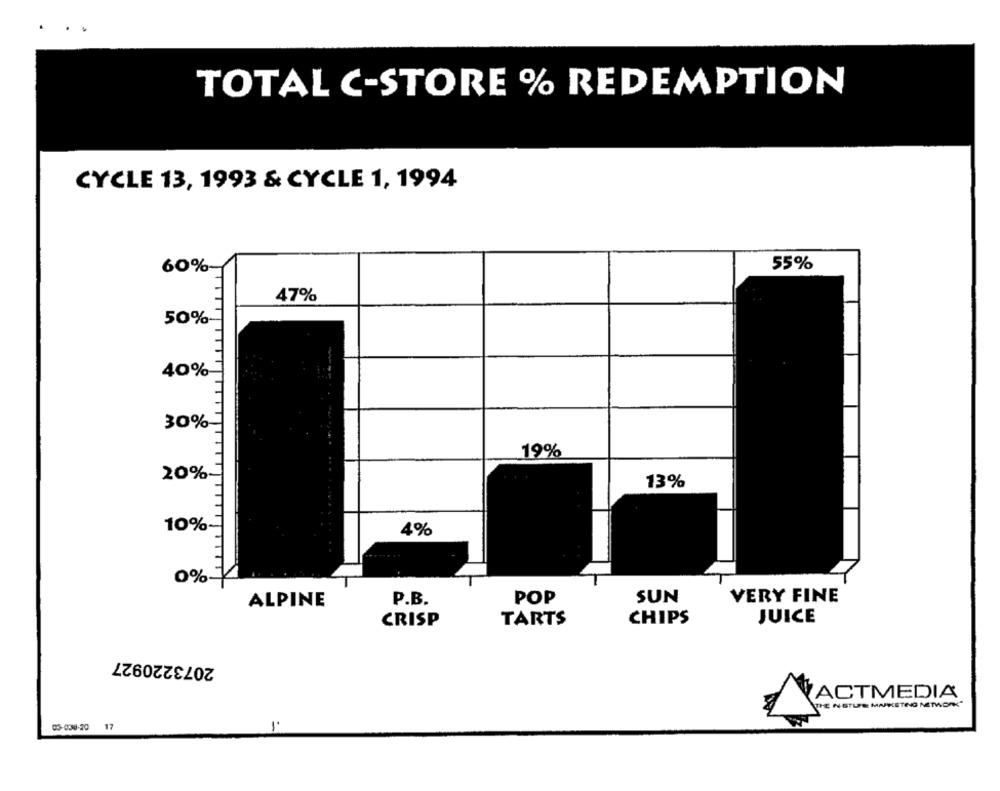
.
TOTAL C-STORE % REDEMPTION
CYCLE 13, 1993 & CYCLE 1, 1994
60%-
55%
47%
50%-
40%
30%
19%
20%
13%
10%-
4%
0%-
P.B.
POP
SUN
VERY FINE
ALPINE
CRISP
TARTS
CHIPS
JUICE
2073220927
VACTMEDIA
DIE NSTUFE MARKETING NETWORK"
=